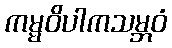
ကမ္မဝိပါကသမ္ဘဝံ